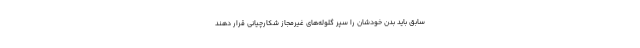
سابق باید بدن خودشان را سپر گلوله‌های غیرمجاز شکارچیانی قرار دهند